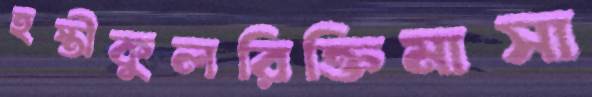
হস্তীকুলরিক্তিমাসা